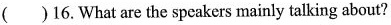
( )16.What are the speakers mainly talking about?